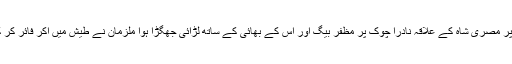
سال 2015میںملزمان کا پیسوں کے لین دین کے تنازعہ پر مصری شاہ کے علاقہ نادرا چوک پر مظفر بیگ اور اس کے بھائی کے ساتھ لڑائی جھگڑا ہوا ملزمان نے طیش میں آکر فائر کر کے مظفر بیگ کو قتل کر دیا اور موقع سے فرار ہو گئے۔